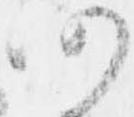
仍